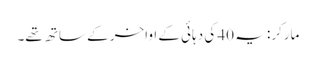
مارکر: یہ 40 کی دہائی کے اواخر کے ساتھ تھے۔